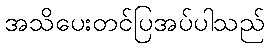
အသိပေးတင်ပြအပ်ပါသည်